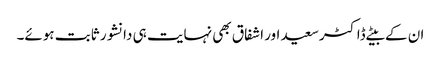
ان کے بیٹے ڈاکٹرسعید اور اشفاق بھی نہایت ہی دانشور ثابت ہوئے۔